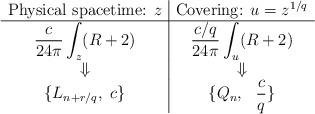
LaTeX: \begin{align*}\begin{array}{c|c} \mbox{Physical spacetime: } z & \mbox{Covering: } u=z^{1/q} \\ \hline {\displaystyle {c \over 24\pi} \int_z (R+2) } & {\displaystyle {c/q \over 24\pi } \int_u (R+2) } \\ \Downarrow & \Downarrow \\ \{L_{n+r/q},\ c \}& \{ Q_n,\ \ {\displaystyle {c \over q}\}} \end{array}\end{align*}